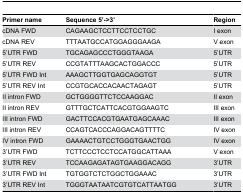
<table><thead><tr><td><b>Primer name</b></td><td><b>Sequence 5’-&gt;3’</b></td><td><b>Region</b></td></tr></thead><tbody><tr><td>cDNA FWD</td><td>CAGAAGCTCCTTCCTCCTGC</td><td>I exon</td></tr><tr><td>cDNA REV</td><td>TTTAATGCCATGGAGGGAAGA</td><td>V exon</td></tr><tr><td>5’UTR FWD</td><td>TGCAGAGCCCTGGGTAAGA</td><td>5’UTR</td></tr><tr><td>5’UTR REV</td><td>CCGTATTTAAGCACTGGACCC</td><td>5’UTR</td></tr><tr><td>5’UTR FWD Int</td><td>AAAGCTTGGTGAGCAGGTGT</td><td>5’UTR</td></tr><tr><td>5’UTR REV Int</td><td>CCGTGCACCACAACTAGAGT</td><td>5’UTR</td></tr><tr><td>II intron FWD</td><td>GCTGGGGTTCTCCAAGGAC</td><td>II exon</td></tr><tr><td>II intron REV</td><td>GTTTGCTCATTCACGTGGAAGTC</td><td>III exon</td></tr><tr><td>III intron FWD</td><td>GACTTCCACGTGAATGAGCAAAC</td><td>III exon</td></tr><tr><td>III intron REV</td><td>CCAGTCACCCAGGACAGTTTTC</td><td>IV exon</td></tr><tr><td>IV intron FWD</td><td>GAAAACTGTCCTGGGTGAACTGG</td><td>IV exon</td></tr><tr><td>3’UTR FWD</td><td>TCTTCCCTCCTCCATGGCATTAAA</td><td>V exon</td></tr><tr><td>3’UTR REV</td><td>TCCAAGAGATAGTGAAGGACAGG</td><td>3’UTR</td></tr><tr><td>3’UTR FWD Int</td><td>TGTGGTCTCTGGCTGGAAAC</td><td>3’UTR</td></tr><tr><td>3’UTR REV Int</td><td>TGGGTAATAATCGTGTCATTAATGG</td><td>3’UTR</td></tr></tbody></table>